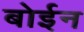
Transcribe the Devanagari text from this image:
बोईन